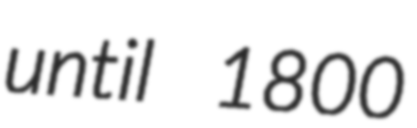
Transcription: until 1800